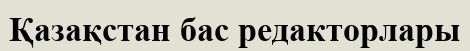
Қазақстан бас редакторлары